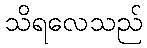
သိရလေသည်